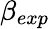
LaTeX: \beta_{exp}